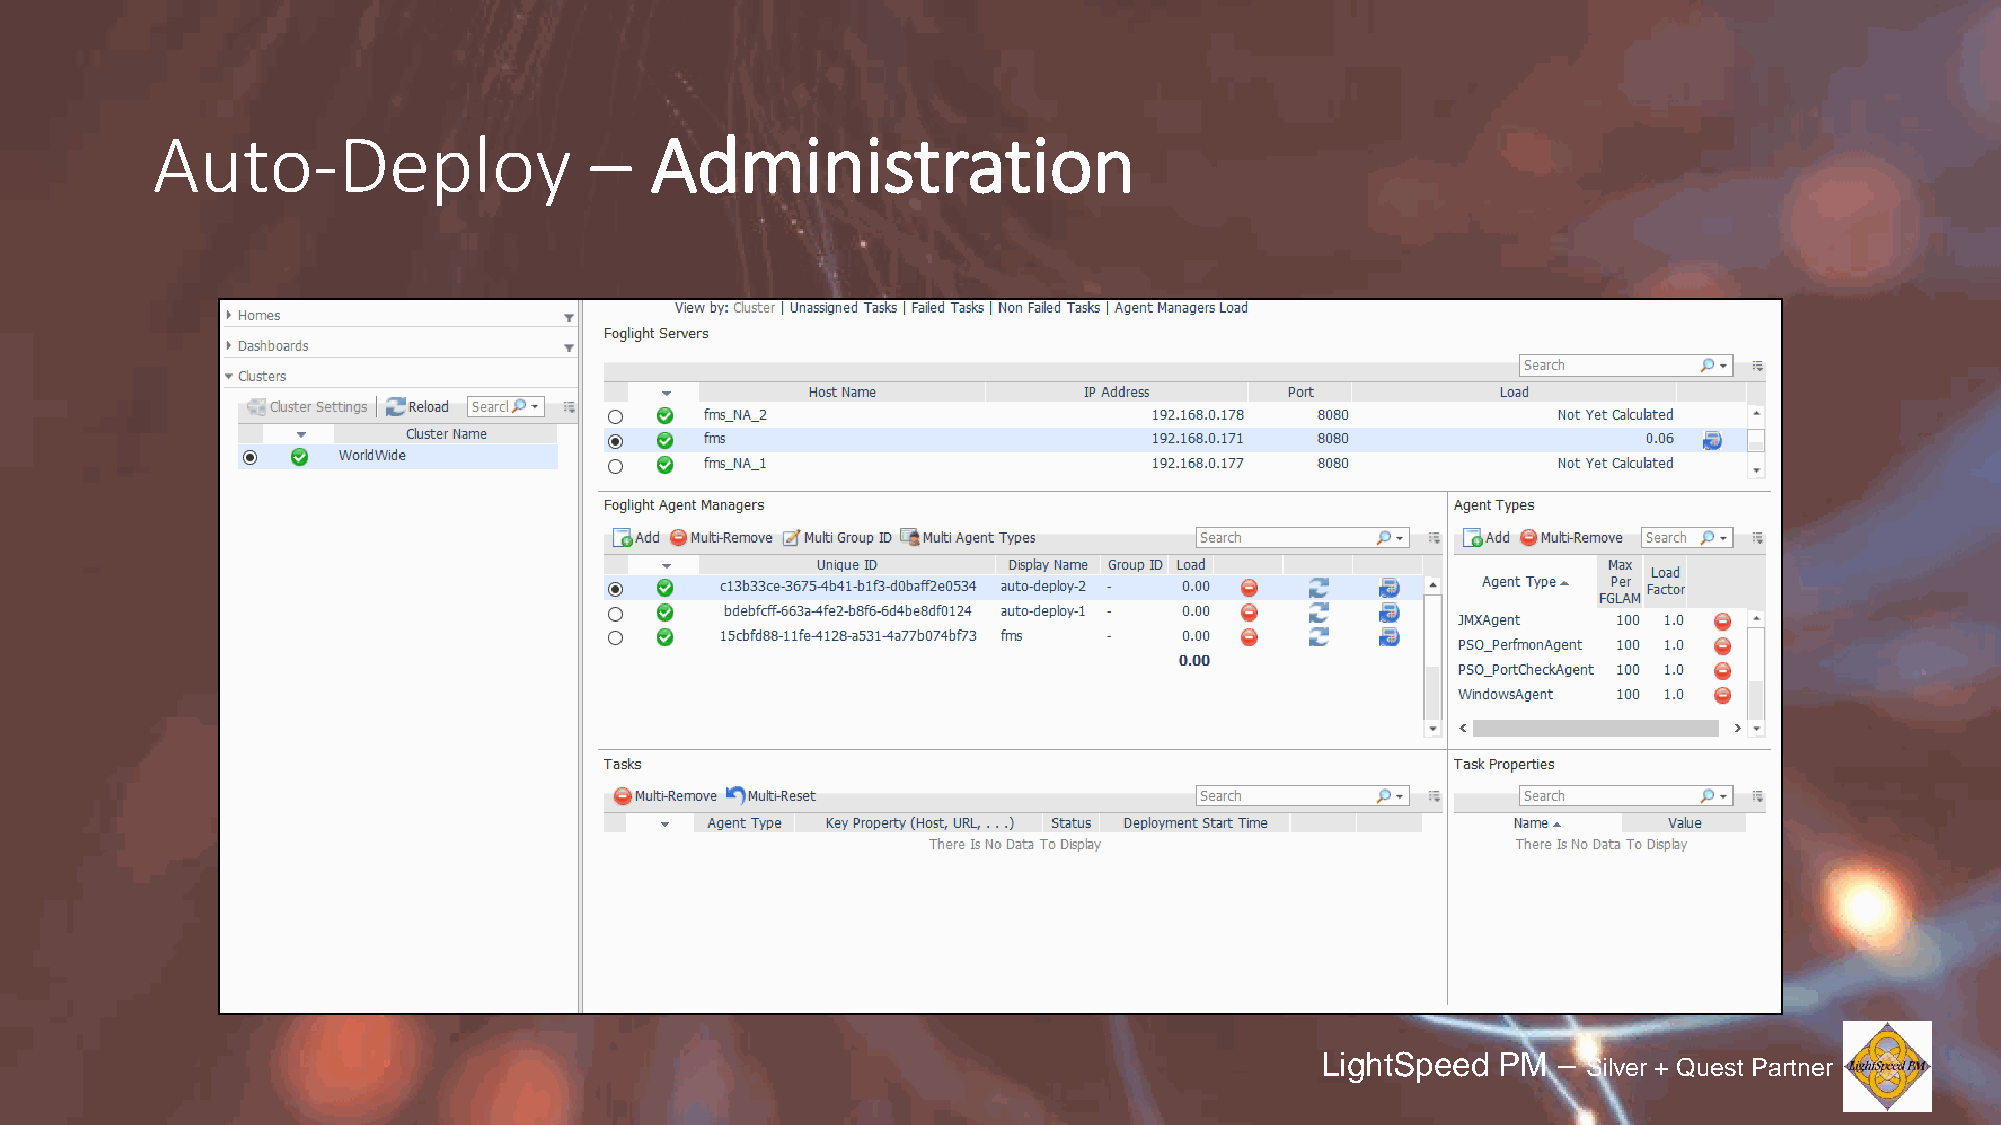
Auto-Deploy                  –   Administration
 LightSpeed  PM  –
 Silver + Quest Partner